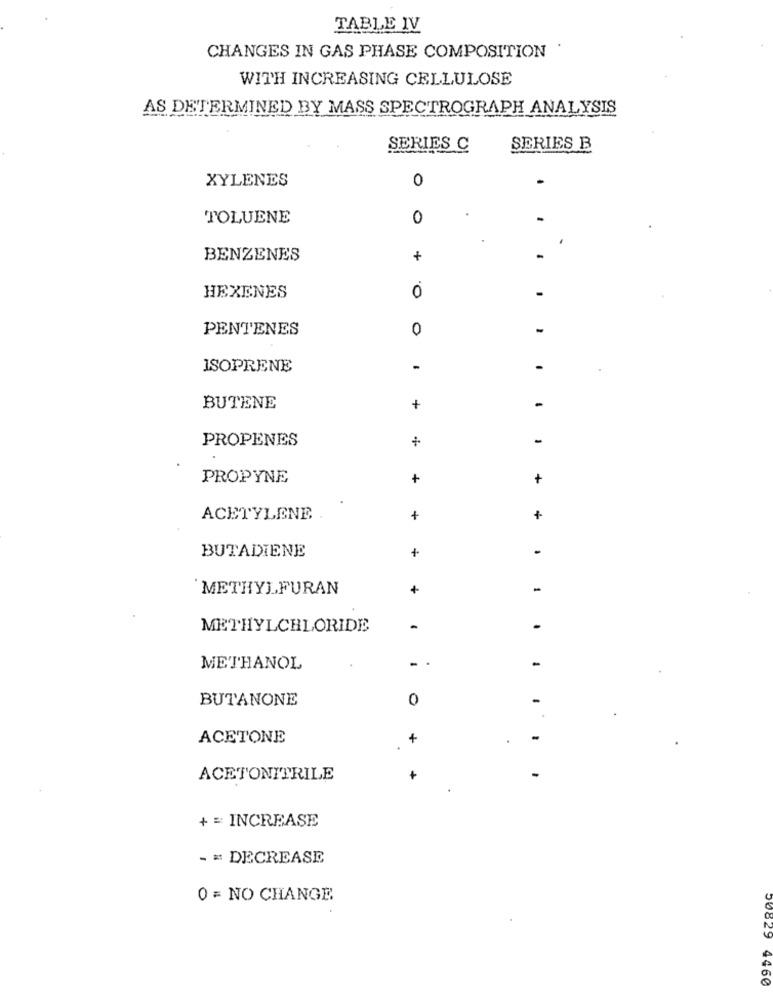
TABLE IV
CHANGES IN GAS PHASE COMPOSITION
WITH INCREASING CELLULOSE
AS DETERMINED BY MASS SPECTROGRAPH ANALYSIS
SERIES C
SERIES B
XYLENES
0
TOLUENE
0
BENZENES
+
0
HEXENES
PENTENES
0
ISOPRENE
-
BUTENE
+
PROPENES
-
-
PROPYNE
+
+
ACETYLENE
+
BUTADIENE
+
`METHYLFURAN
-
METHYLCHLORIDE
-
-
METHANOL
BUTANONE
0
ACETONE
+
ACETONITRILE
+ = INCREASE
- = DECREASE
0 = NO CHANGE
4460